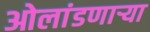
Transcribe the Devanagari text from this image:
ओलांडणाऱ्या